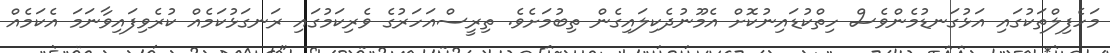
މަހެފިލްތަކުގައި އަޅުގަނޑުމެންވެސް ހިތްކުޑައިނުކޮށް އެމޫނުދެކިލައިގެން ތިބުމަށެވެ. ތިރީސްއަހަރުގެ ވެރިކަމުގައި ރަނގަޅުކަމެއް ކުރެވިފައިވާނަމަ އެކަމެއް